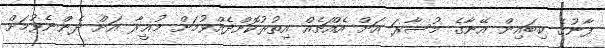
ފާނުގެ ކިބައިން އޭނާގެ މުސާރަ އަށް އެއްޗެއް އިތުރުކޮށްދެއްވުމަށް މުޣީރާ އަށް ދެންނެވުމަށް